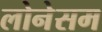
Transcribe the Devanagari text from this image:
लोनेसम